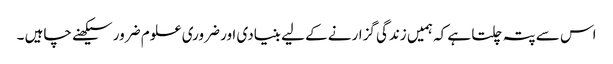
اس سے پتہ چلتا ہے کہ ہمیں زندگی گزارنے کے لیے بنیادی اور ضروری علوم ضرور سیکھنے چاہیں ۔